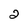
Character: 2